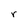
Character: r